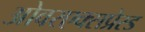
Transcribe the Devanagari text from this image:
ओवरएक्सप्रेस्ड